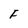
Character: F